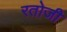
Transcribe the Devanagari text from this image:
रतोजी